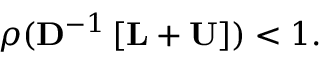
\rho ( \mathbf { D } ^ { - 1 } \left[ \mathbf { L } + \mathbf { U } \right] ) < 1 .